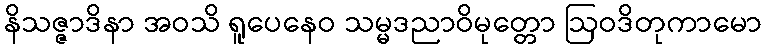
နိသဇ္ဇာဒိနာ အဝသိ ရူပေနေဝ သမ္မဒညာဝိမုတ္တော ဩဝဒိတုကာမော